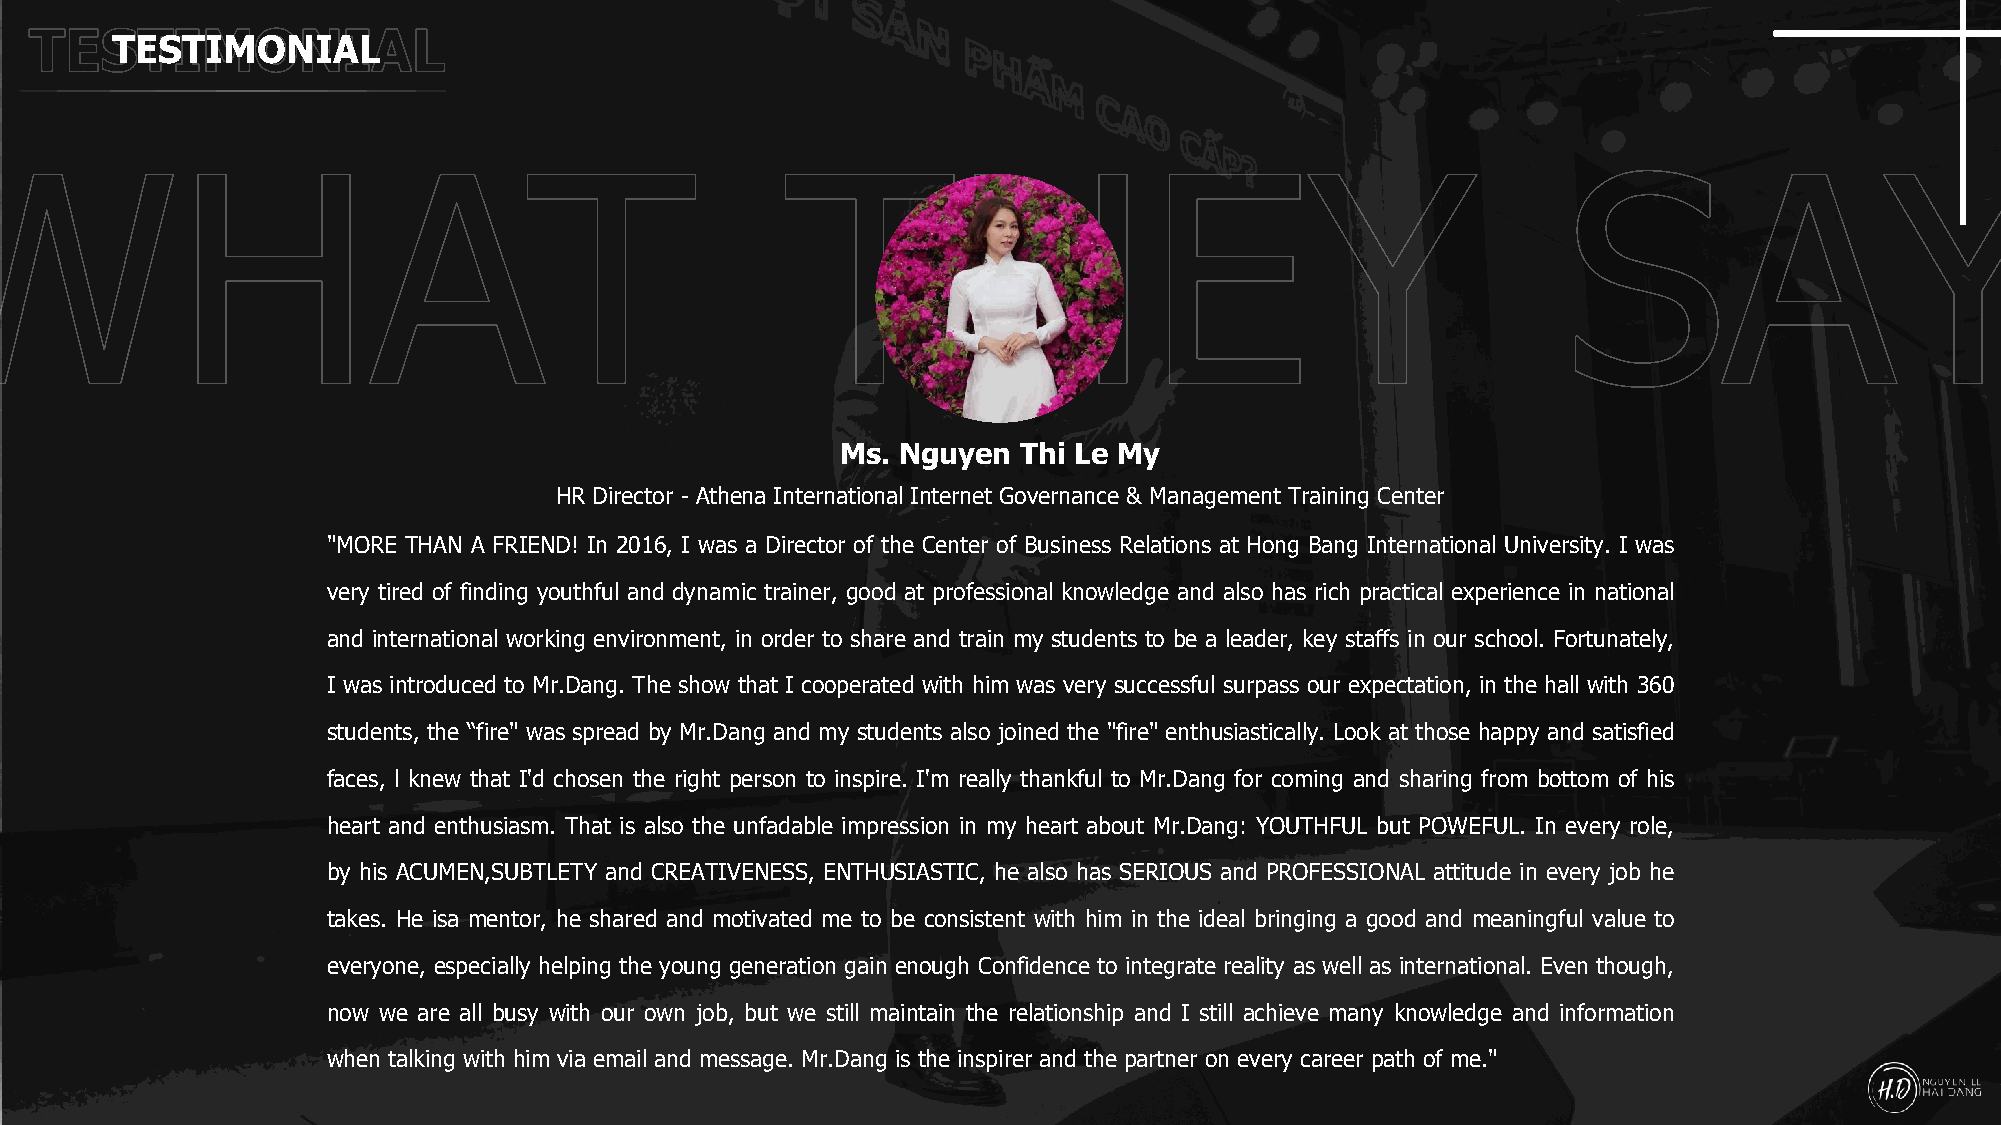
TESTIMONIAL
 Ms. Nguyen  Thi Le My
 HR Director - Athena International Internet Governance & Management Training Center
 "MORE THAN A FRIEND! In 2016, I was a Director of the Center of Business Relations at Hong Bang International University. I was
 very tired of finding youthful and dynamic trainer, good at professional knowledge and also has rich practical experience in national
 and international working environment, in order to share and train my students to be a leader, key staffs in our school. Fortunately,
 I was introduced to Mr.Dang. The show that I cooperated with him was very successful surpass our expectation, in the hall with 360
 students, the “fire" was spread by Mr.Dang and my students also joined the "fire" enthusiastically. Look at those happy and satisfied
 faces, l knew that I'd chosen the right person to inspire. I'm really thankful to Mr.Dang for coming and sharing from bottom of his
 heart and enthusiasm. That is also the unfadable impression in my heart about Mr.Dang: YOUTHFUL but POWEFUL. In every role,
 by his ACUMEN,SUBTLETY and CREATIVENESS, ENTHUSIASTIC, he also has SERIOUS and PROFESSIONAL attitude in every job he
 takes. He isa mentor, he shared and motivated me to be consistent with him in the ideal bringing a good and meaningful value to
 everyone, especially helping the young generation gain enough Confidence to integrate reality as well as international. Even though,
 now we are all busy with our own job, but we still maintain the relationship and I still achieve many knowledge and information
 when talking with him via email and message. Mr.Dang is the inspirer and the partner on every career path of me."